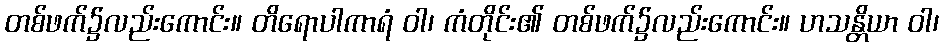
တစ်ဖက်၌လည်းကောင်း။ တိရောပါကာရံ ဝါ၊ ကံတိုင်း၏ တစ်ဖက်၌လည်းကောင်း။ ဟသန္တိယာ ဝါ၊